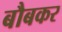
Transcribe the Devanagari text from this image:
बौबकर